Scientific memoirs by medical officers of the Army of India - Part III,
Year: 1887
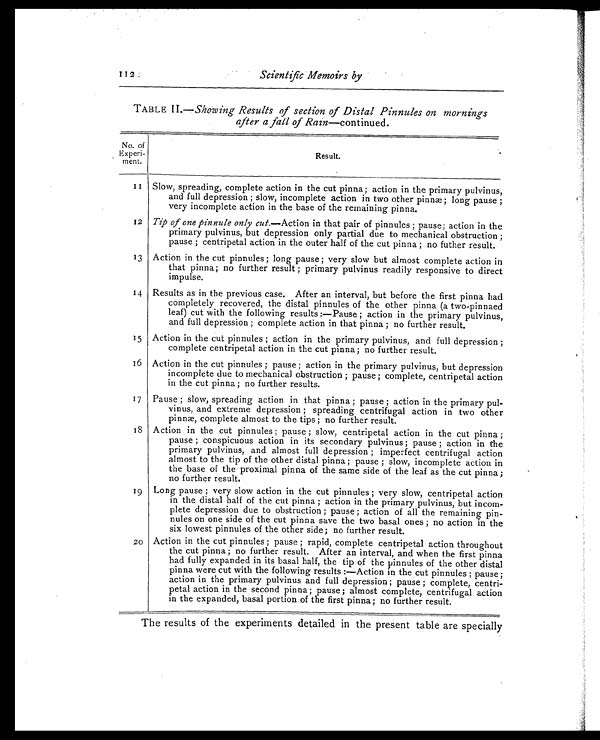
112
Scientific Memoirs by
TABLE II.—Showing Results of section of Distal Pinnules on mornings
after a fall of Rain—continued.
No. of E x p e r i -
ment.
Result.
11 Slow, spreading, complete action in the cut pinna; action in the primary pulvinus,
and full depression ; slow, incomplete action in two other pinnæ; long pause ;
very incomplete action in the base of the remaining pinna.
12 Tip of one pinnule only cut.—Action in that pair of pinnules ; pause; action in the
primary pulvinus, but depression only partial due to mechanical obstruction ;
pause ; centripetal action in the outer half of the cut pinna ; no futher result.
13 Action in the cut pinnules ; long pause ; very slow but almost complete action in
that pinna; no further result ; primary pulvinus readily responsive to direct
impulse.
14 Results as in the previous case. After an interval, but before the first pinna had
completely recovered, the distal pinnules of the other pinna (a two-pinnaed
leaf) cut with the following results :—Pause ; action in the primary pulvinus,
and full depression ; complete action in that pinna ; no further result.
15 Action in the cut pinnules ; action in the primary pulvinus, and full depression ;
complete centripetal action in the cut pinna ; no further result.
16 Action in the cut pinnules ; pause ; action in the primary pulvinus, but depression
incomplete due to mechanical obstruction ; pause ; complete, centripetal action
in the cut pinna ; no further results.
17 Pause ; slow, spreading action in that pinna ; pause ; action in the primary pul-
vinus, and extreme depression ; spreading centrifugal action in two other
pinnæ, complete almost to the tips ; no further result.
18 Action in the cut pinnules ; pause ; slow, centripetal action in the cut pinna ;
pause ; conspicuous action in its secondary pulvinus ; pause ; action in the
primary pulvinus, and almost full depression ; imperfect centrifugal action
almost to the tip of the other distal pinna ; pause ; slow, incomplete action in
the base of the proximal pinna of the same side of the leaf as the cut pinna ;
no further result.
19 Long pause ; very slow action in the cut pinnules ; very slow, centripetal action
in the distal half of the cut pinna ; action in the primary pulvinus, but incom-
plete depression due to obstruction ; pause ; action of all the remaining pin-
nules on one side of the cut pinna save the two basal ones ; no action in the
six lowest pinnules of the other side; no further result.
20 Action in the cut pinnules ; pause ; rapid, complete centripetal action throughout
the cut pinna ; no further result. After an interval, and when the first pinna
had fully expanded in its basal half, the tip of the pinnules of the other distal
pinna were cut with the following results :—Action in the cut pinnules ; pause ;
action in the primary pulvinus and full depression ; pause ; complete, centri-
petal action in the second pinna; pause ; almost complete, centrifugal action
in the expanded, basal portion of the first pinna ; no further result.
The results of the experiments detailed in the present table are specially